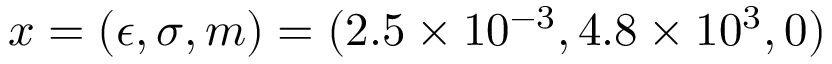
\displaystyle \boldsymbol { x } = ( \epsilon , \sigma , m ) = ( 2 . 5 \times 1 0 ^ { - 3 } , 4 . 8 \times 1 0 ^ { 3 } , 0 )